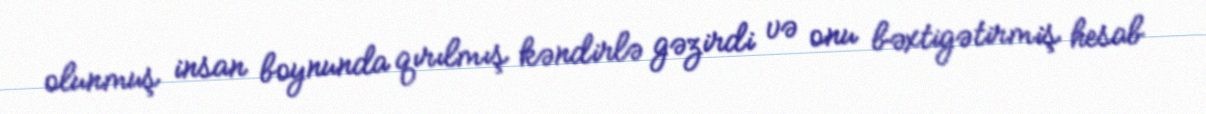
olunmuş insan boynunda qırılmış kəndirlə gəzirdi və onu bəxtigətirmiş hesab